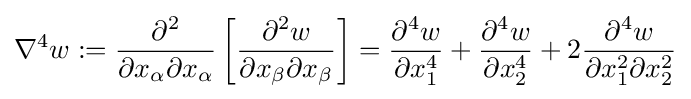
\nabla ^{4}w:={\frac {\partial ^{2}}{\partial x_{\alpha }\partial x_{\alpha }}}\left[{\frac {\partial ^{2}w}{\partial x_{\beta }\partial x_{\beta }}}\right]={\frac {\partial ^{4}w}{\partial x_{1}^{4}}}+{\frac {\partial ^{4}w}{\partial x_{2}^{4}}}+2{\frac {\partial ^{4}w}{\partial x_{1}^{2}\partial x_{2}^{2}}}